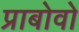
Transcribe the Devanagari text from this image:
प्राबोवो